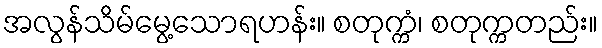
အလွန်သိမ်မွေ့သောရဟန်း။ စတုက္ကံ၊ စတုက္ကတည်း။